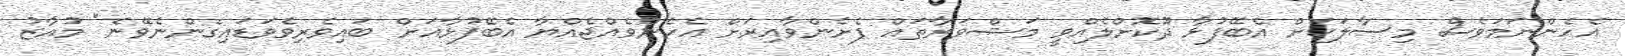
އެހެންނަމަވެސް މިސާލަކަށް އެބޭފުޅާ ދޫކޮށްލެއްވީ މަޝްވަރާތައް ފެށެންވާއިރަށް އެހެންވެއްޖެއްޔާ އެބޭފުޅާއަށް ބައިވެރިވެވަޑައިގެންނެވޭނެ" މުއާޒު